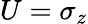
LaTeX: U=\sigma_{z}